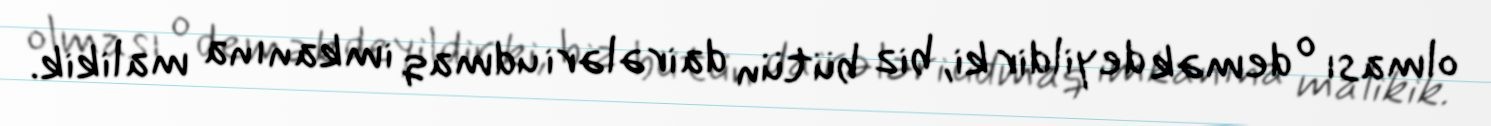
olması o demək deyildir ki, biz bütün dairələri udmaq imkanına malikik.